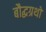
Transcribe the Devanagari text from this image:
बौद्धग्रथों